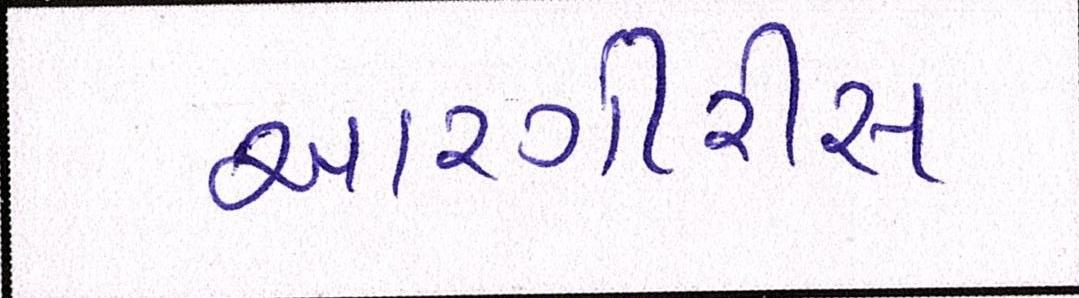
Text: આરગીરીસ